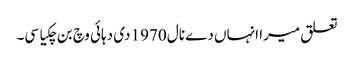
تعلق میرا انہاں دے نال 1970 دی دہائی وچ بن چکیا سی۔